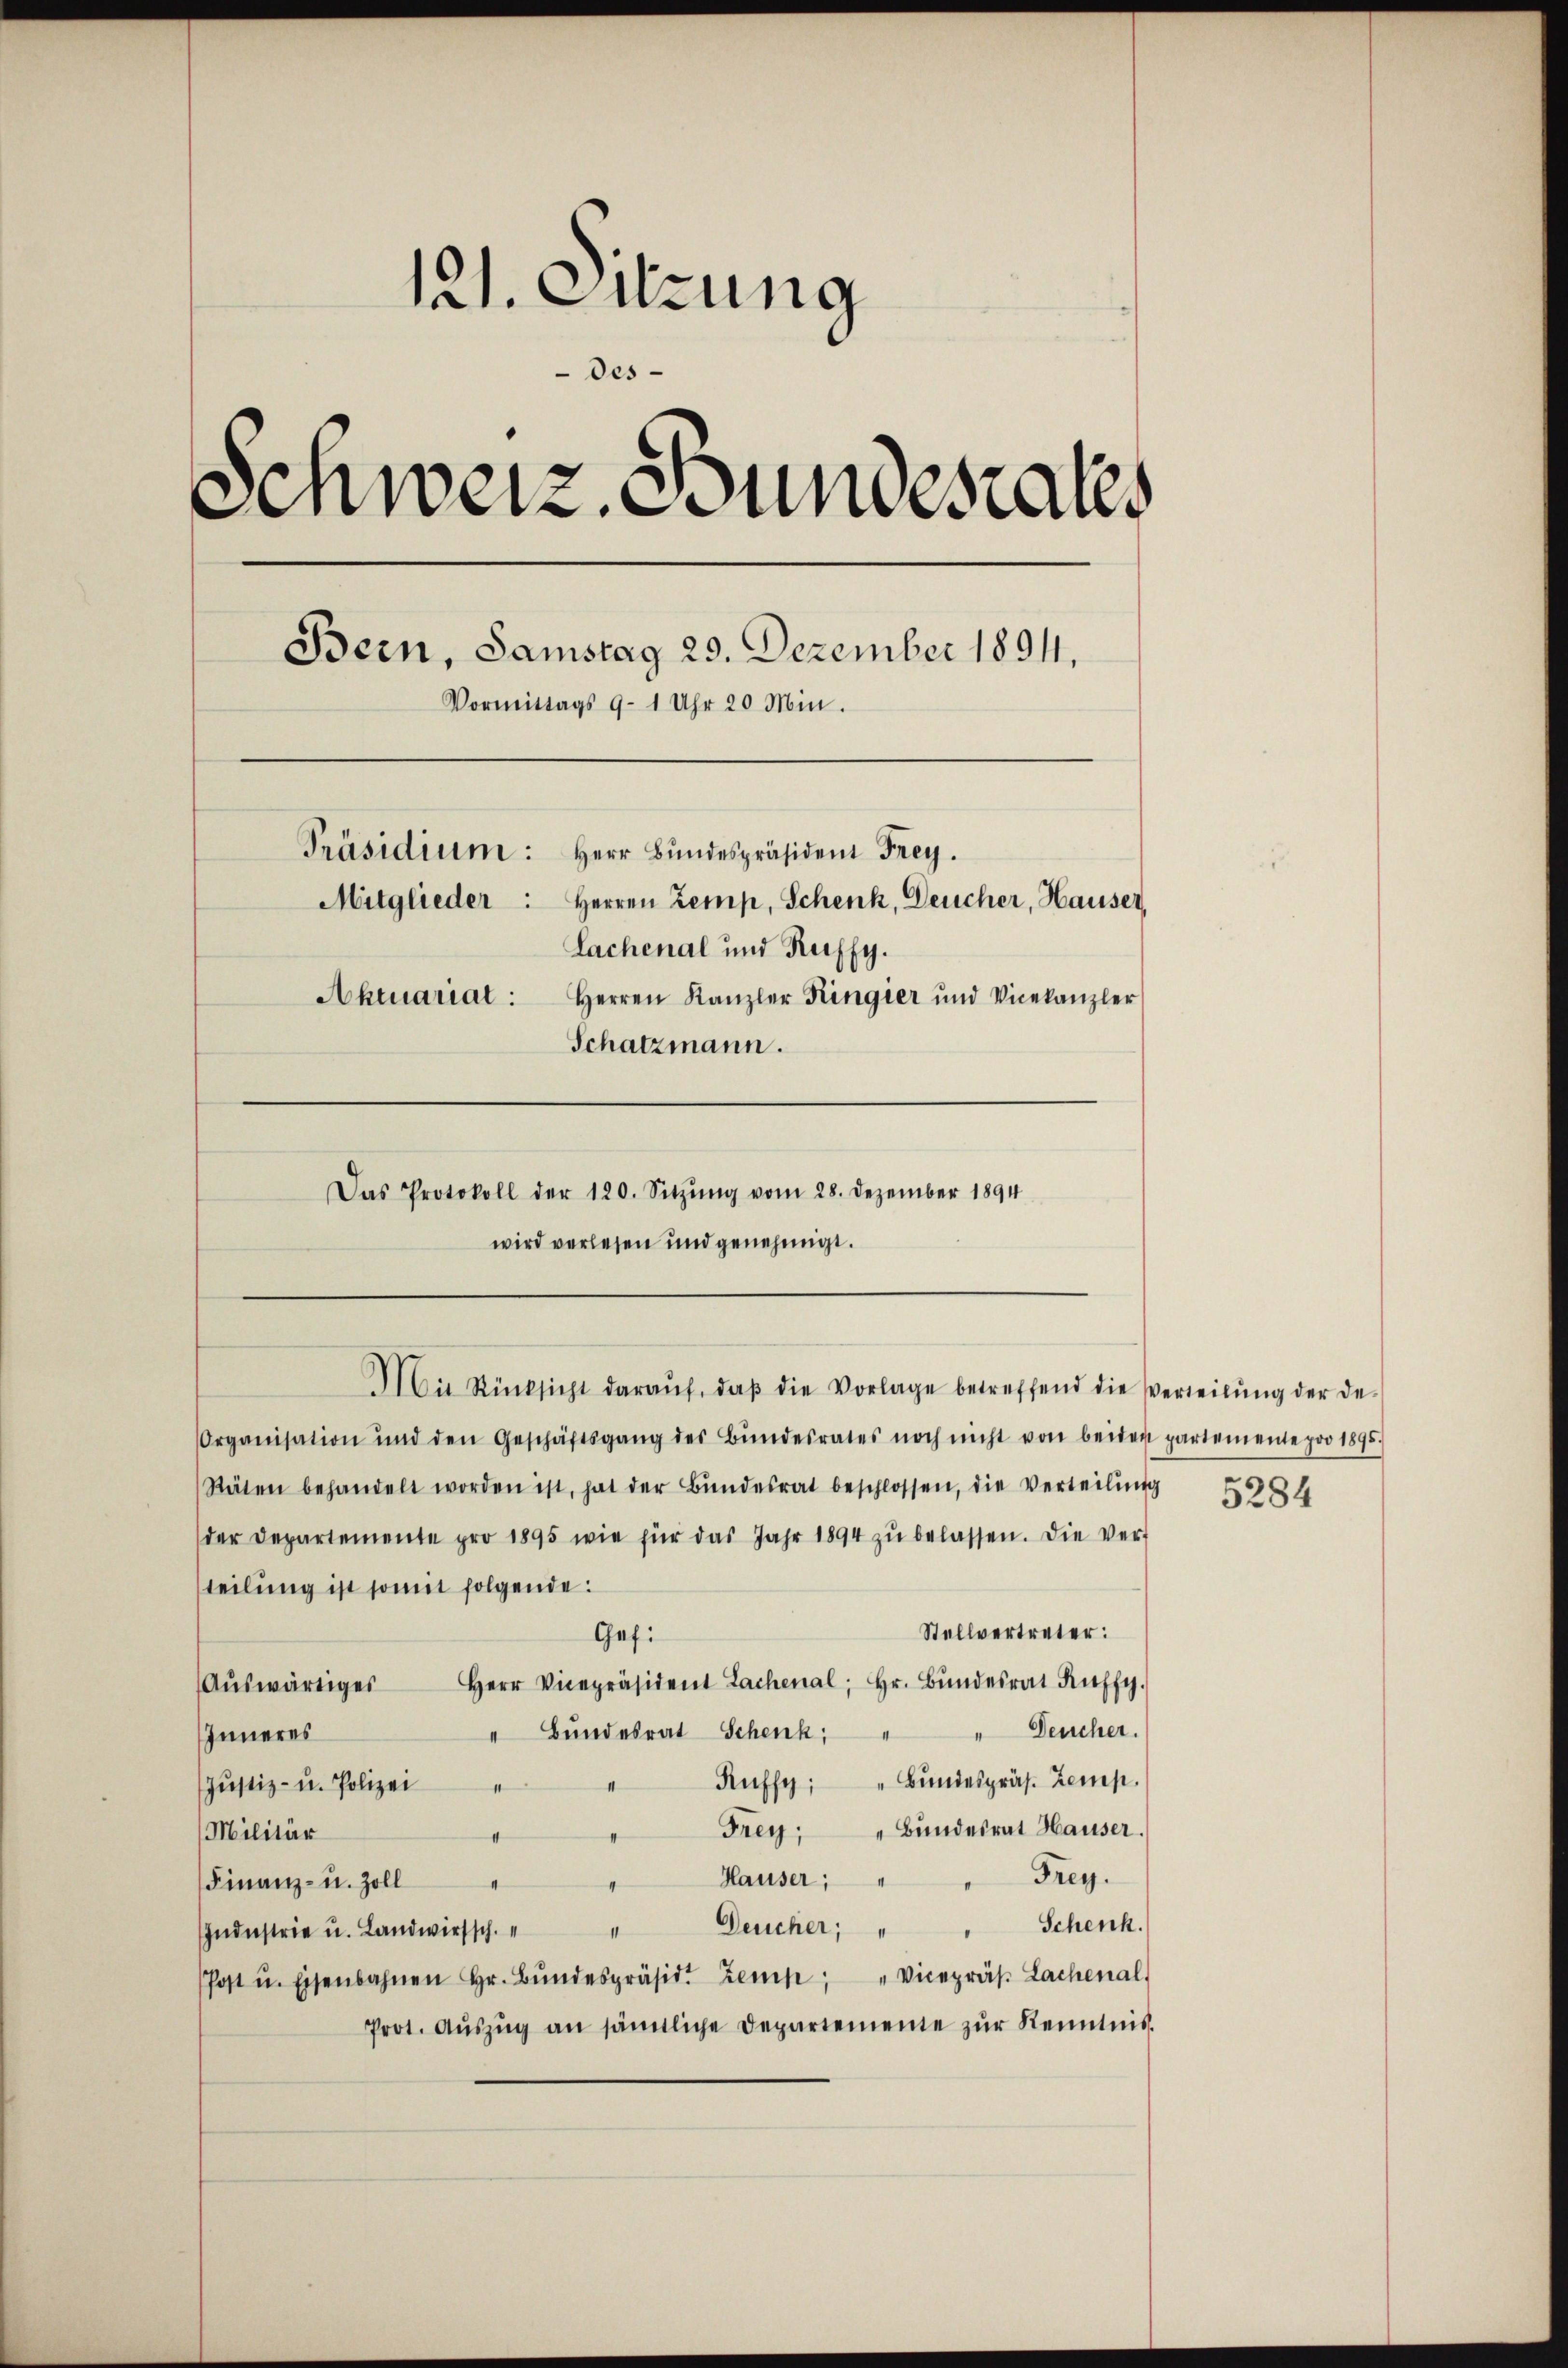
121. Sitzung
Des
Schweiz. Bundesrates
Bern, Samstag 29. Dezember 1894.
Vormittags 9-1 Uhr 20 Min.
Präsidium: Herr Bŭndespräsident Frey.
Mitglieder: Herren Zemp, Schenk, Deucher, Hauser,
Lachenal und Kuffy.
Abruariat: Herren Kanzler Kingier und Vicekanzler
Schatzmann.

Das Protokoll der 120. Sitzŭng vom 28. Dezember 1894
wird verlesen und genehmigt.

Mit Rücksicht daraŭf, daβ die Vorlage betreffend die Verteilŭng der de-

Organisation und den Geschäftsgang des Bŭndesrates noch nicht von beiden partemente pro 1895.
Stäten behandelt worden ist, hat der Bŭndesrat beschlossen, die Verteilŭng
der Departemente pro 1895 wie für das Jahr 1894 zŭ belassen. Die ver-
teilung ist somit folgende:
Stellvertreter:
Gefi
Aŭswärtiges Herr Vicepräsident Lachenal; Hr. Bŭndesrat Ruffy.
" Bŭndesrat Schenk, " " Deucher.
Inneres
Ruffy: " Bŭndespräs. Zemp.
Justiz- u. Polizei
Frey. " Bŭndesrat Hauser.
Militär
Hauser, " " Frey.
Finanz- u. Zoll
Schenk.
Deucher;
1
Industrie u. Landwirtsch.
Post u. Eisenbahnen Hr. Bŭndespräsid. Zemp, " Vicepräs. Lachenal
Prot. Aŭszŭg an sämtliche Departemente zŭr Kenntnis

5284